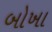
બોખા